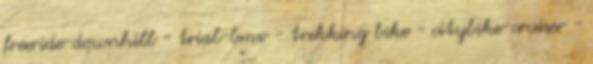
freeride-downhill - trial-bmx - trekking bike - citybike-cruiser -